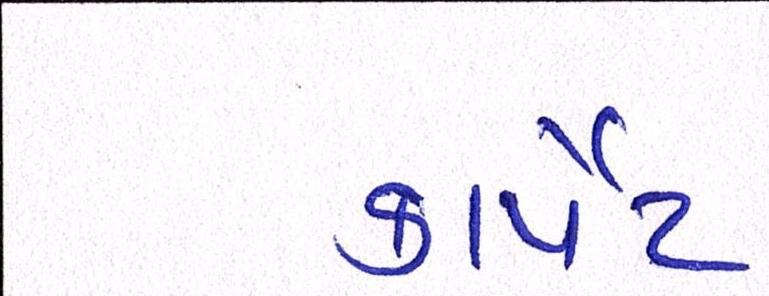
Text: કાર્પેટ